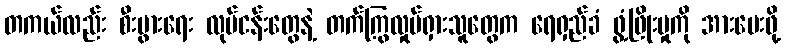
တကယ်လည်း စီးပွားရေး လုပ်ငန်းတွေနဲ့ တက်ကြွလှုပ်ရှားသူတွေက ရေရှည်ခံ ဖွံ့ဖြိုးမှုကို အားပေးဖို့